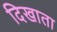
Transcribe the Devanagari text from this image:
दिखाता